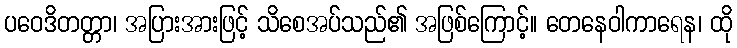
ပဝေဒိတတ္တာ၊ အပြားအားဖြင့် သိစေအပ်သည်၏ အဖြစ်ကြောင့်။ တေနေဝါကာရေန၊ ထို